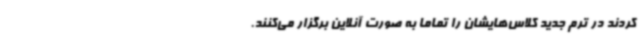
کردند در ترم جدید کلاس‌هایشان را تماما به صورت آنلاین برگزار می‌کنند.